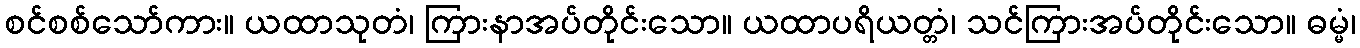
စင်စစ်သော်ကား။ ယထာသုတံ၊ ကြားနာအပ်တိုင်းသော။ ယထာပရိယတ္တံ၊ သင်ကြားအပ်တိုင်းသော။ ဓမ္မံ၊